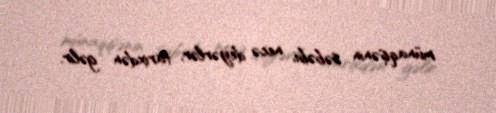
münaqişənin səbəbi, necə deyərlər, tarixdən gəlir.